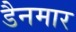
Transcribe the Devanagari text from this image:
डैनमार